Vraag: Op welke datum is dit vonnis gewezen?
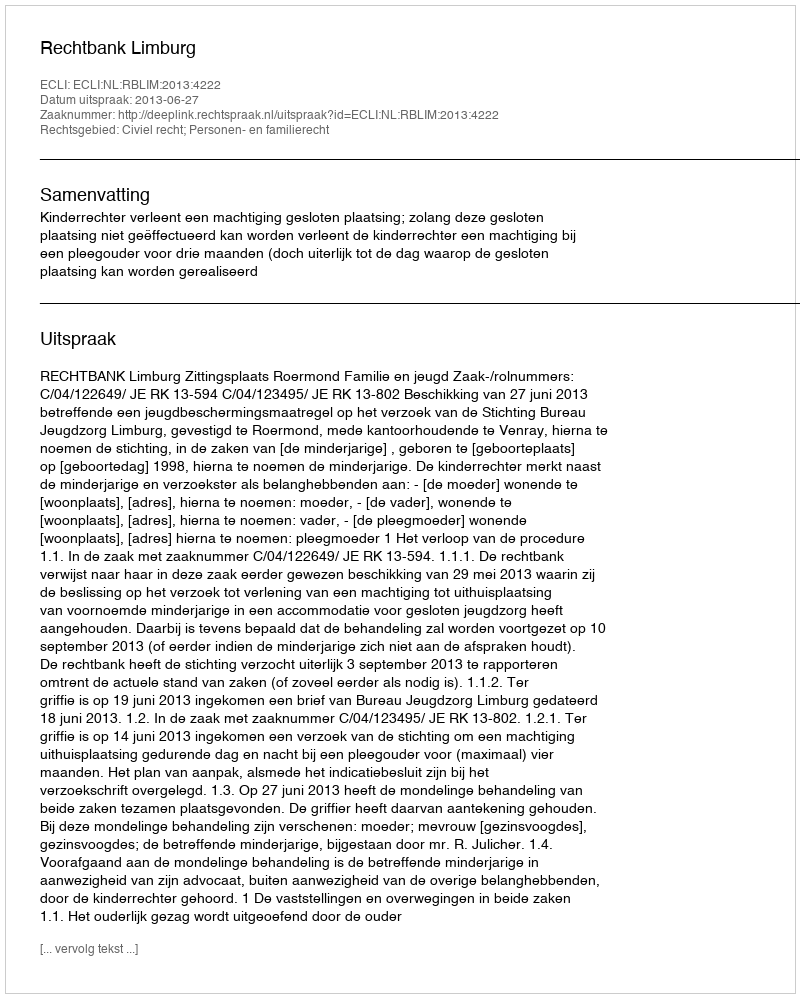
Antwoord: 2013-06-27